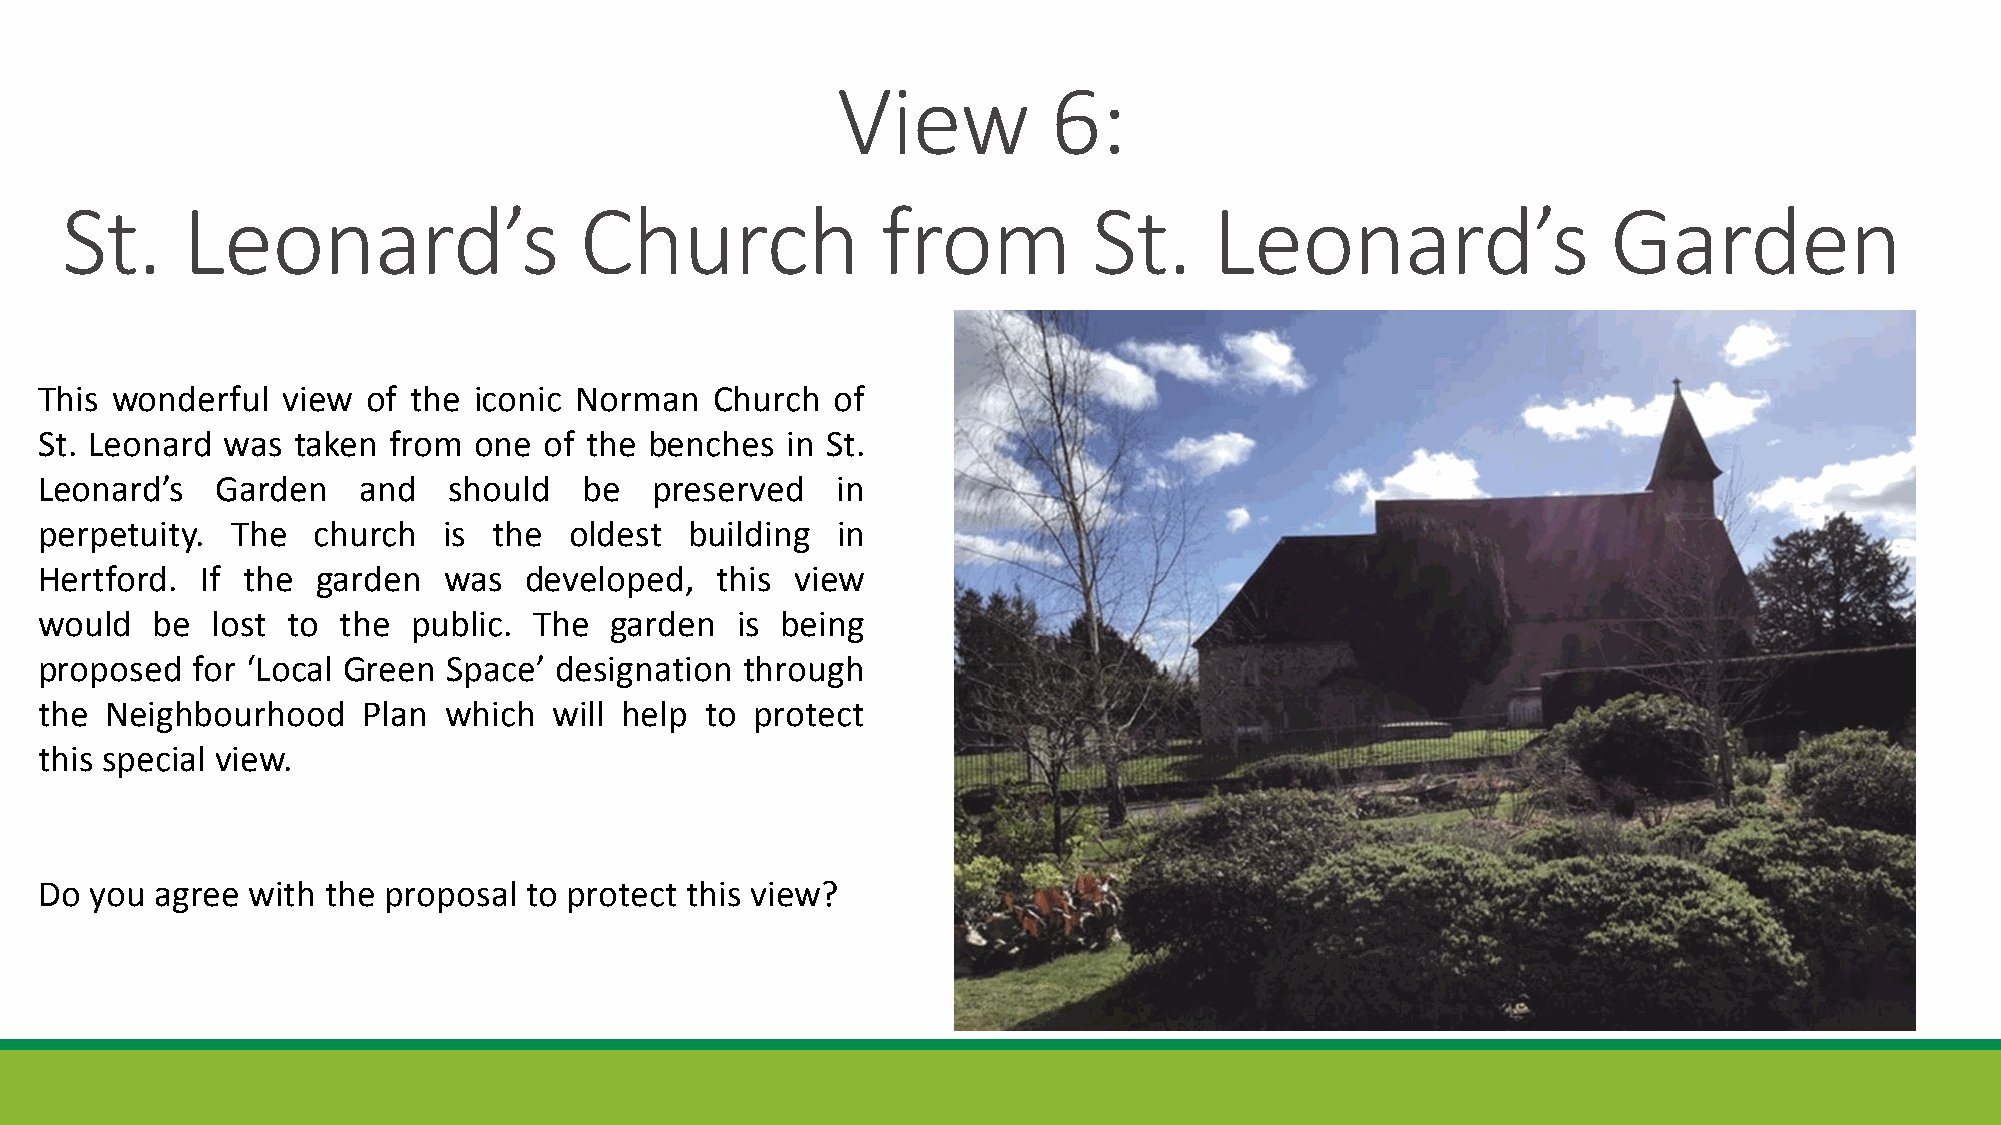
View           6:
 St.     Leonard’s                 Church              from          St.     Leonard’s                  Garden
 This wonderful   view of the iconic Norman   Church  of
 St. Leonard  was taken  from one  of the benches  in St.
 Leonard’s   Garden    and   should   be  preserved   in
 perpetuity.  The   church  is  the  oldest  building in
 Hertford.  If the  garden  was   developed,  this  view
 would   be  lost to the  public. The  garden   is being
 proposed   for ‘Local Green Space’ designation through
 the  Neighbourhood    Plan which   will help to protect
 this special view.
 Do  you agree with the proposal  to protect this view?